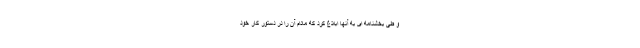
و طی بخشنامه ای به آنها ابلاغ کرد که مادام آن را در دستور کار خود